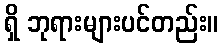
ရှိ ဘုရားများပင်တည်း။